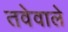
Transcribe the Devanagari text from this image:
तवेवाले